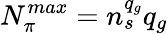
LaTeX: N_{\pi}^{max}=n_{s}^{q_{g}}q_{g}